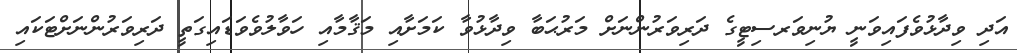
އަދި ވިދާޅުވެފައިވަނީ ޔުނިވަރސިޓީގެ ދަރިވަރުންނަށް މަރުޙަބާ ވިދާޅުވާ ކަމަށާއި މަޤާމާއި ހަވާލުވެވަޑައިގަތީ ދަރިވަރުންނަށްޓަކައި